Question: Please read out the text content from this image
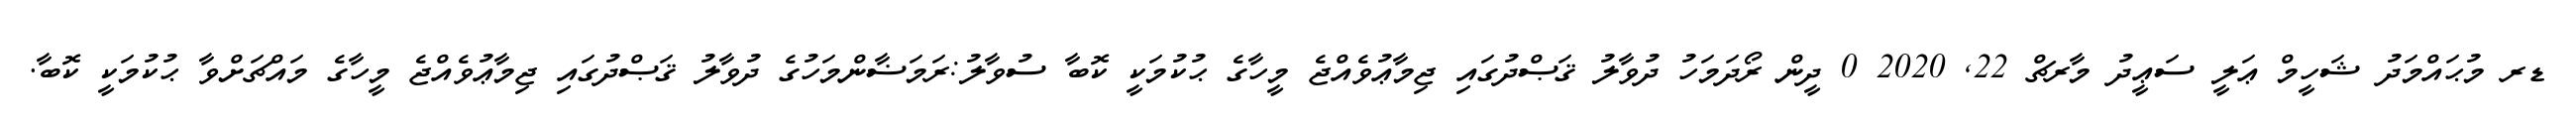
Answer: ޑރ މުޙައްމަދު ޝަހީމް ޢަލީ ސަޢީދު މާރޗް 22, 2020 0 ދީން ރޯދަމަހު ދުވާލު ޤަޞްދުގައި ޖިމާޢުވެއްޖެ މީހާގެ ޙުކުމަކީ ކޮބާ ސުވާލު:ރަމަޟާންމަހުގެ ދުވާލު ޤަޞްދުގައި ޖިމާޢުވެއްޖެ މީހާގެ މައްޗަށްވާ ޙުކުމަކީ ކޮބާ.